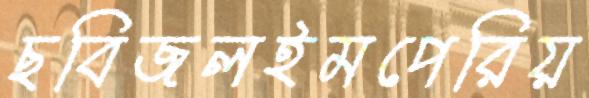
ছবিজলইমপেরিয়